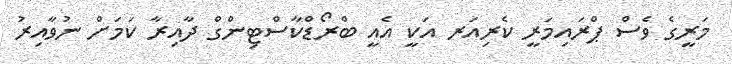
މަރީގެ ވެސް ޕްރައިމަރީ ކެރިއަރ އަކީ އެއީ ބްރޯޑްކާސްޓިންގް ދާއިރާ ކަމަށް ނުވާއިރު